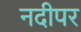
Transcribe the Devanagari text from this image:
नदीपर